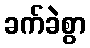
ခက်ခဲစွာ